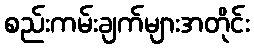
စည်းကမ်းချက်များအတိုင်း